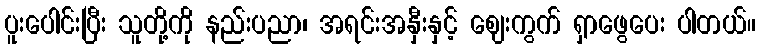
ပူးပေါင်းပြီး သူတို့ကို နည်းပညာ၊ အရင်းအနှီးနှင့် ဈေးကွက် ရှာဖွေပေး ပါတယ်။